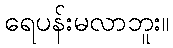
ရေပန်းမလာဘူး။